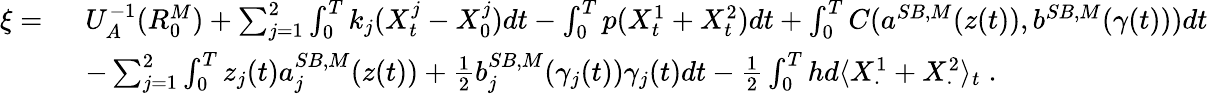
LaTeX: \begin{array}{rl}{\xi=~}&{U_{A}^{-1}(R_{0}^{M})+\sum_{j=1}^{2}\int_{0}^{T}k_{j}(X_{t}^{j}-X_{0}^{j})dt-\int_{0}^{T}p(X_{t}^{1}+X_{t}^{2})dt+\int_{0}^{T}C(a^{SB,M}(z(t)),b^{SB,M}(\gamma(t)))dt}\\ &{-\sum_{j=1}^{2}\int_{0}^{T}z_{j}(t)a_{j}^{SB,M}(z(t))+\frac 12b_{j}^{SB,M}(\gamma_{j}(t))\gamma_{j}(t)dt-\frac 12\int_{0}^{T}hd\langle X_{\cdot}^{1}+X_{\cdot}^{2}\rangle_{t}\; .}\end{array}